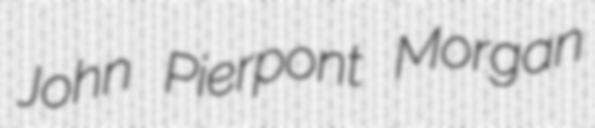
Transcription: John Pierpont Morgan